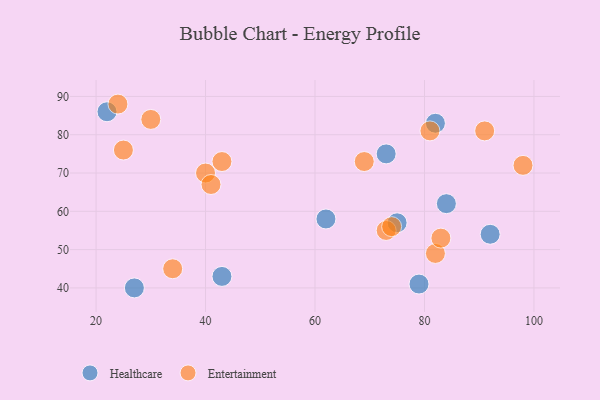
{"axis": {"x": "GDP", "y": "Life Expectancy"}, "legend": ["Entertainment", "Healthcare"], "data": [{"x": "62", "y": 58, "type": "Healthcare"}, {"x": "82", "y": 83, "type": "Healthcare"}, {"x": "22", "y": 86, "type": "Healthcare"}, {"x": "75", "y": 57, "type": "Healthcare"}, {"x": "27", "y": 40, "type": "Healthcare"}, {"x": "92", "y": 54, "type": "Healthcare"}, {"x": "43", "y": 43, "type": "Healthcare"}, {"x": "73", "y": 75, "type": "Healthcare"}, {"x": "79", "y": 41, "type": "Healthcare"}, {"x": "84", "y": 62, "type": "Healthcare"}, {"x": "98", "y": 72, "type": "Entertainment"}, {"x": "81", "y": 81, "type": "Entertainment"}, {"x": "91", "y": 81, "type": "Entertainment"}, {"x": "82", "y": 49, "type": "Entertainment"}, {"x": "34", "y": 45, "type": "Entertainment"}, {"x": "30", "y": 84, "type": "Entertainment"}, {"x": "40", "y": 70, "type": "Entertainment"}, {"x": "24", "y": 88, "type": "Entertainment"}, {"x": "43", "y": 73, "type": "Entertainment"}, {"x": "25", "y": 76, "type": "Entertainment"}, {"x": "69", "y": 73, "type": "Entertainment"}, {"x": "41", "y": 67, "type": "Entertainment"}, {"x": "73", "y": 55, "type": "Entertainment"}, {"x": "74", "y": 56, "type": "Entertainment"}, {"x": "83", "y": 53, "type": "Entertainment"}]}